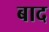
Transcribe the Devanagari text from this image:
बाद